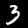
Digit: 3